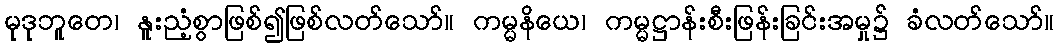
မုဒုဘူတေ၊ နူးညံ့စွာဖြစ်၍ဖြစ်လတ်သော်။ ကမ္မနိယေ၊ ကမ္မဋ္ဌာန်းစီးဖြန်းခြင်းအမှု၌ ခံလတ်သော်။